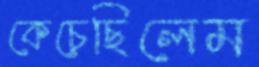
কেচেছিলেম